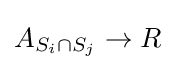
A_{S_{i}\cap S_{j}}\rightarrow R